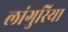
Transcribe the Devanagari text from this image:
लांगुरिया